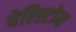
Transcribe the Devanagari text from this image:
पेरिस्टोम